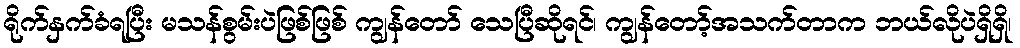
ရိုက်နှက်ခံရပြီး မသန်စွမ်းပဲဖြစ်ဖြစ် ကျွန်တော် သေပြီဆိုရင်၊ ကျွန်တော့်အသက်တာက ဘယ်လိုပဲရှိရှိ၊